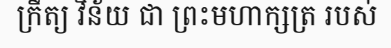
ក្រឹត្យ វិន័យ ជា ព្រះមហាក្សត្រ របស់